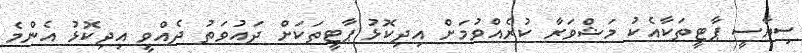
ސިޔާސީ ޕާޓީތަކާއެކު މަޝްވަރާ ކުރެއްވުމަށް އިދިކޮޅު ޕާޓީތަކަށް ދައުވަތު ދެއްވީ އިދިކޮޅު އެންމެ